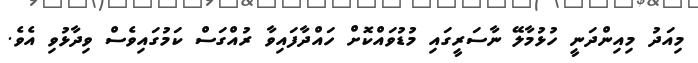
މިއަދު މިއިންދަނީ ހުޅުމާލޭ ނާސަރީގައި މުޑުވައްކޮށް ހައްދާފައިވާ ރުއްގަސް ކަމުގައިވެސް ވިދާޅުވި އެވެ.